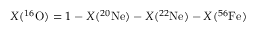
X ( ^ { 1 6 } \mathrm { O } ) = 1 - X ( ^ { 2 0 } \mathrm { N e } ) - X ( ^ { 2 2 } \mathrm { N e } ) - X ( ^ { 5 6 } \mathrm { F e } )